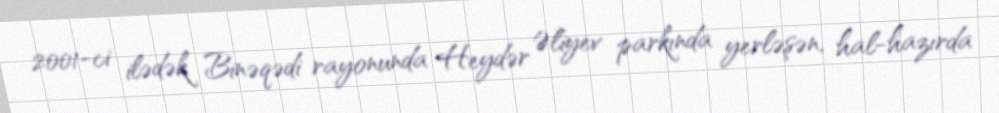
2001-ci ilədək Binəqədi rayonunda Heydər Əliyev parkında yerləşən, hal-hazırda